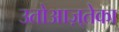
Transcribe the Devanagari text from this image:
उतोआज़्तेका